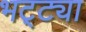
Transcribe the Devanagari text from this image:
भट्‌ट्या